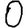
Digit: 0